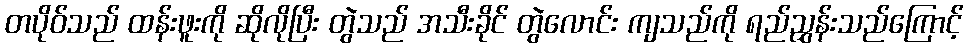
တပိုဝ်သည် ထန်းဖူးကို ဆိုလိုပြီး တွဲသည် အသီးခိုင် တွဲလောင်း ကျသည်ကို ရည်ညွှန်းသည်ကြောင့်